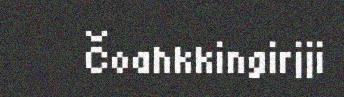
Čoahkkingirjji